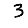
Digit: 3